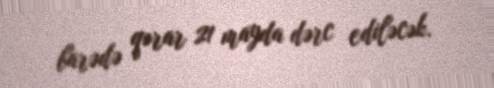
barədə qərar 21 mayda dərc ediləcək.